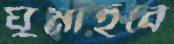
ঘুমাইবে